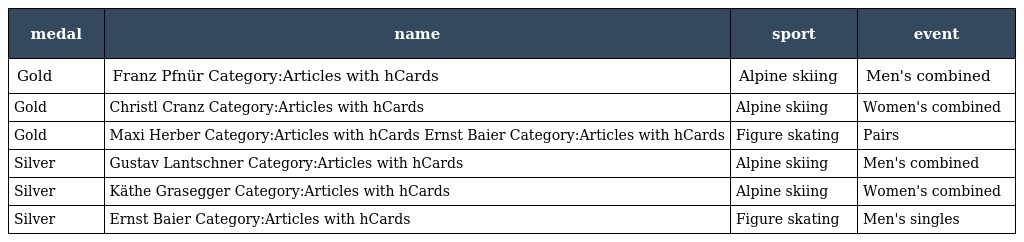
| medal | name | sport | event |
 | --- | --- | --- | --- |
 | Gold | Franz Pfnür Category:Articles with hCards | Alpine skiing | Men's combined |
 | Gold | Christl Cranz Category:Articles with hCards | Alpine skiing | Women's combined |
 | Gold | Maxi Herber Category:Articles with hCards Ernst Baier Category:Articles with hCards | Figure skating | Pairs |
 | Silver | Gustav Lantschner Category:Articles with hCards | Alpine skiing | Men's combined |
 | Silver | Käthe Grasegger Category:Articles with hCards | Alpine skiing | Women's combined |
 | Silver | Ernst Baier Category:Articles with hCards | Figure skating | Men's singles |